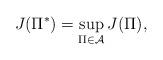
LaTeX: \begin{align*}J(\Pi^*) =\sup_{\Pi\in\mathcal{A}} J(\Pi),\end{align*}